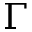
\Gamma